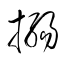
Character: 搦